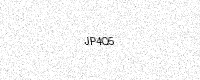
Text: JP4Q5